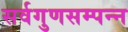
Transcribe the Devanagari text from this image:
सर्वगुणसम्पन्न